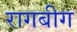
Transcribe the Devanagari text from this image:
रागबीग